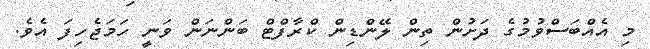
މި އެއްބަސްވުމުގެ ދަށުން ތިން ލޭންޑިން ކްރާފްޓް ބަންނަން ވަނީ ހަމަޖެހިފަ އެވެ.